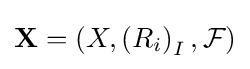
\mathbf {X} =(X,\left(R_{i}\right)_{I},{\mathcal {F}})